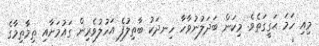
މިއި ހަމަ ޙަގީގަތެވެ. މިކަން ބަދަލުނުވާހާ ހިނދަކު ބާތިލުފެ އަހުލުވެރިން ގައުމަށާއި ތިމާތިމާގެ